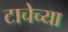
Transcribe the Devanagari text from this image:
टाचेच्या